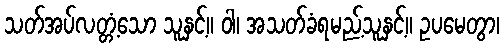
သတ်အပ်လတ္တံ့သော သူနှင့်။ ဝါ၊ အသတ်ခံရမည့်သူနှင့်။ ဥပမေတွာ၊